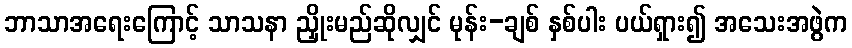
ဘာသာအရေးကြောင့် သာသနာ ညှိုးမည်ဆိုလျှင် မုန်း-ချစ် နှစ်ပါး ပယ်ရှား၍ အသေးအဖွဲက